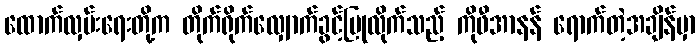
ထောက်လှမ်းရေးတို့က တိုက်ရိုက်လျှောက်ခွင့်ပြုလိုက်သည့် ကိုဖီအာနန် ရောက်တဲ့အချိန်မှာ